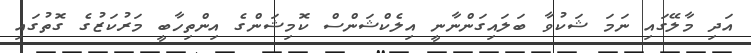
އަދި މާލޭގައި ނަމަ ޝަކުވާ ބަލައިގަންނާނީ އިލެކްޝަންސް ކޮމިޝަންގެ އިންތިހާބީ މަރުކަޒުގެ ގޮތުގައި